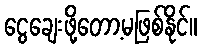
ငွေချေးဖို့တော့မဖြစ်နိုင်။